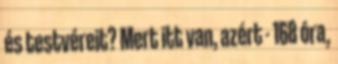
és testvéreit? Mert itt van, azért - 168 óra,